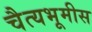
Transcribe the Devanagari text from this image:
चैत्यभूमीस